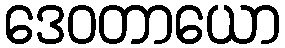
ဒေဝတာယော